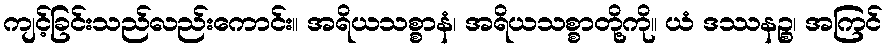
ကျင့်ခြင်းသည်လည်းကောင်း။ အရိယသစ္စာနံ၊ အရိယသစ္စာတို့ကို။ ယံ ဒဿနဉ္စ၊ အကြင်